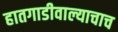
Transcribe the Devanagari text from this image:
हातगाडीवाल्याचाच